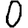
Digit: 0